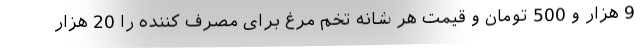
9 هزار و 500 تومان و قیمت هر شانه تخم مرغ برای مصرف کننده را 20 هزار